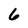
Character: 6